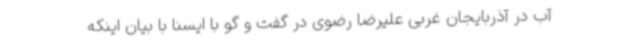
آب در آذربایجان غربی علیرضا رضوی در گفت و گو با ایسنا با بیان اینکه